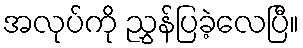
အလုပ်ကို ညွှန်ပြခဲ့လေပြီ။